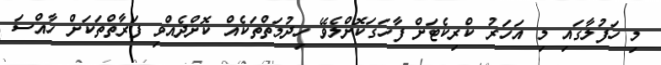
މި ހަފުލާގައި މި އަހަރު ކްރިކެޓަށް ފާހަގަކޮށްލެވޭ ހިދުމަތްތަކެއް ކޮށްދެއްވި ފަރާތްތަކަށް ހާއްސަ